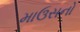
માઉસનો